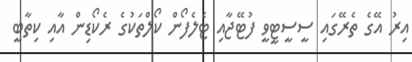
އިރު އޭގެ ތެރޭގައި ސީސީޓީވީ ފުޓޭޖާއި ޓެލެފޯން ކޯލްތަކުގެ ރެކޯޑިން އާއި ކިތާބީ